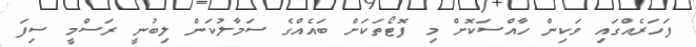
ފަހަރެއްގައި ވަކިން ހާއްސަކޮށް މި ފޮޓޯތަކަށް ބައެއްގެ ސަމާލުކަން ލިބުނީ ރަސްމީ ސިފަ